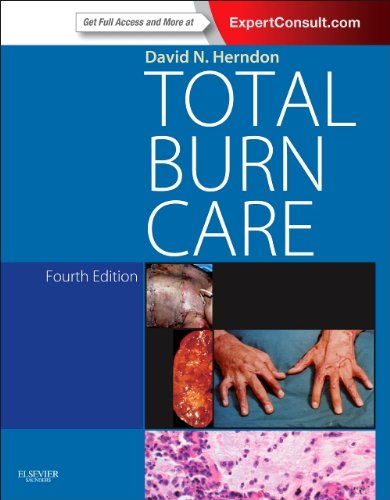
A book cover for Total Burn Care: Expert Consult - Online and Print, 4e; David N. Herndon MD  FACS; Medical Books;